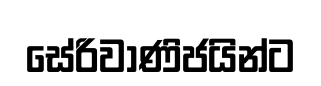
සේරිවාණිජයින්ට